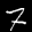
Label: 7